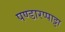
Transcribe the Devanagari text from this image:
पण्डारप्पाट्टा